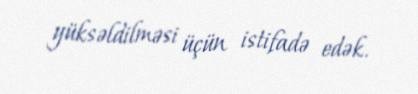
yüksəldilməsi üçün istifadə edək.